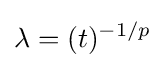
\lambda =(t)^{-1/p}